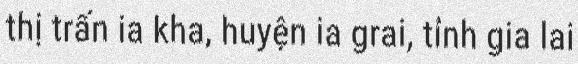
thị trấn ia kha, huyện ia grai, tỉnh gia lai